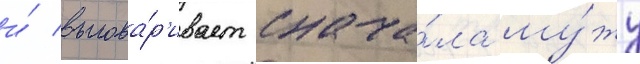
и́ выгова́р'ивает снача́ла му́жу